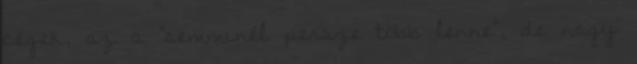
cégek, az a "semminél persze több lenne", de nagy